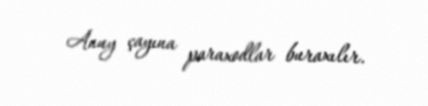
Anuy çayına paraxodlar buraxılır.